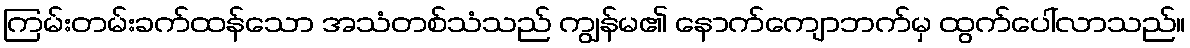
ကြမ်းတမ်းခက်ထန်သော အသံတစ်သံသည် ကျွန်မ၏ နောက်ကျောဘက်မှ ထွက်ပေါ်လာသည်။